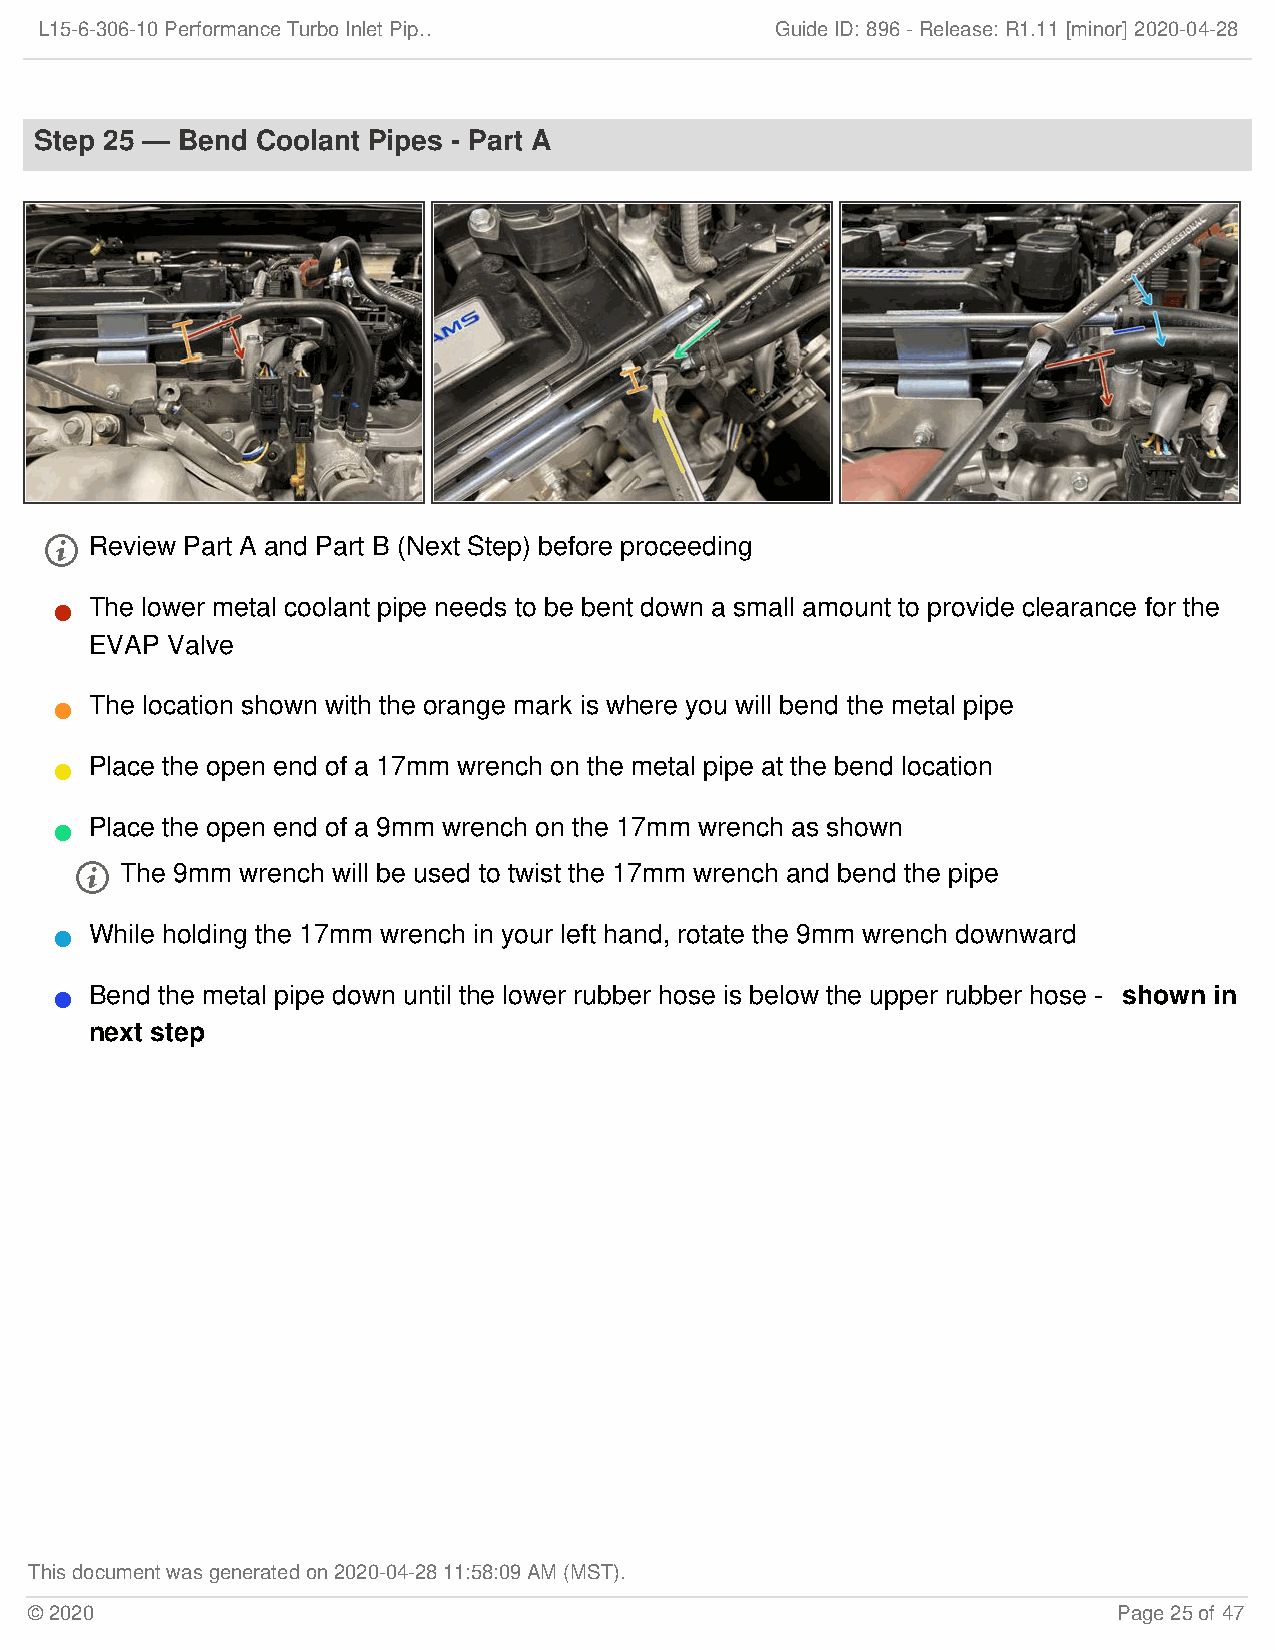
L15-6-306-10 Performance Turbo Inlet Pip…        Guide ID: 896 -Release:R1.11 [minor] 2020-04-28
 Step 25 — Bend Coolant Pipes - Part A
   Review Part A and Part B (Next Step) before proceeding
 The lower metal coolant pipe needs to be bent down a small amount to provide clearance for the
 
 EVAP Valve
 The location shown with the orange mark is where you will bend the metal pipe
 
 Place the open end of a 17mm wrench on the metal pipe at the bend location
 
 Place the open end of a 9mm wrench on the 17mm wrench as shown
 
   The 9mm wrench will be used to twist the 17mm wrench and bend the pipe
 While holding the 17mm wrench in your left hand, rotate the 9mm wrench downward
 
 Bend the metal pipe down until the lower rubber hose is below the upper rubber hose - shown in
 
 next step
 This document was generated on 2020-04-28 11:58:09 AM (MST).
 © 2020                                                                  Page 25 of 47